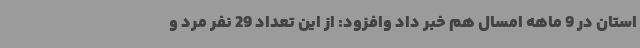
استان در 9 ماهه امسال هم خبر داد وافزود: از این تعداد 29 نفر مرد و